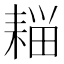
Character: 䎩